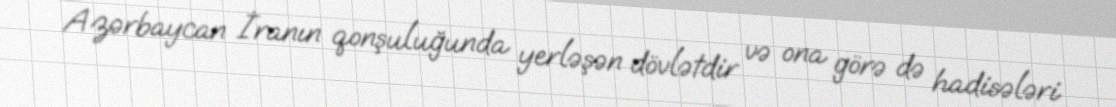
Azərbaycan İranın qonşuluğunda yerləşən dövlətdir və ona görə də hadisələri